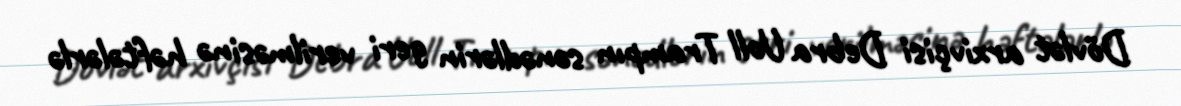
Dövlət arxivçisi Debra Uoll Trampın sənədlərin geri verilməsinə həftələrlə